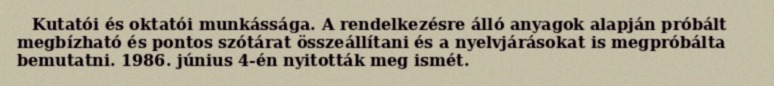
Kutatói és oktatói munkássága. A rendelkezésre álló anyagok alapján próbált megbízható és pontos szótárat összeállítani és a nyelvjárásokat is megpróbálta bemutatni. 1986. június 4-én nyitották meg ismét.